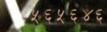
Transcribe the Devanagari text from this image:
५६५६४६